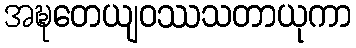
အဍ္ဎတေယျဝဿသတာယုကာ